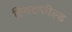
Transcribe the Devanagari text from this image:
ह्विटफील्ड